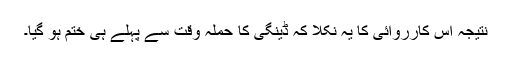
نتیجہ اس کارروائی کا یہ نکلا کہ ڈینگی کا حملہ وقت سے پہلے ہی ختم ہو گیا۔